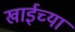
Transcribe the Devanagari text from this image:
खाईच्या